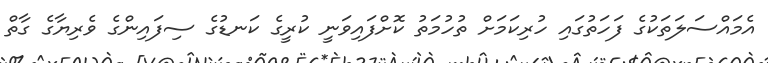
އެމައްސަލަތަކުގެ ފަހަތުގައި ހުރިކަމަށް ތުހުމަތު ކޮށްފައިވަނީ ކުރީގެ ކަނޑުގެ ސިފައިންގެ ވެރިޔާގެ ގާތް